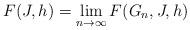
LaTeX: \begin{align*}F(J,h)=\lim_{n\to\infty}F(G_n,J,h)\end{align*}